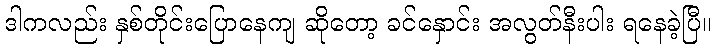
ဒါကလည်း နှစ်တိုင်းပြောနေကျ ဆိုတော့ ခင်နှောင်း အလွတ်နီးပါး ရနေခဲ့ပြီ။